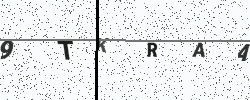
Text: 9TKRAA